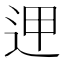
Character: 𨒇